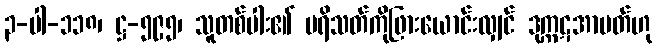
၃-ပါ-၁၁၈၊ ဋ္ဌ-၅၉၅၊ သူတစ်ပါး၏ ပရိသတ်ကိုဖြားယောင်းလျှင် ဒုက္ကဋအာပတ်ဟု